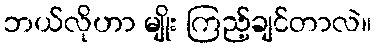
ဘယ်လိုဟာ မျိုး ကြည့်ချင်တာလဲ။